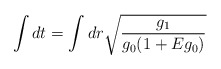
\begin{align*}\int dt = \int dr \sqrt{\frac{g_1}{g_0 (1 + E g_0)}} \;\end{align*}